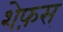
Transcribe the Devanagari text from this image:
शेफ़स्